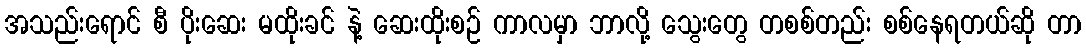
အသည်းရောင် စီ ပိုးဆေး မထိုးခင် နဲ့ ဆေးထိုးစဉ် ကာလမှာ ဘာလို့ သွေးတွေ တစစ်တည်း စစ်နေရတယ်ဆို တာ